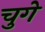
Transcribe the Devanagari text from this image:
चुगे